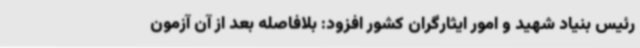
رئیس بنیاد شهید و امور ایثارگران کشور افزود: بلافاصله بعد از آن آزمون